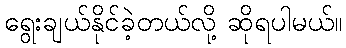
ရွေးချယ်နိုင်ခဲ့တယ်လို့ ဆိုရပါမယ်။